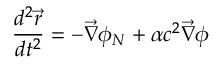
\frac { d ^ { 2 } \vec { r } } { d t ^ { 2 } } = - \vec { \nabla } \phi _ { N } + \alpha c ^ { 2 } \vec { \nabla } \phi